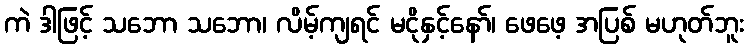
ကဲ ဒါဖြင့် သဘော သဘော၊ လိမ့်ကျရင် မငိုနှင့်နော်၊ ဖေဖေ့ အပြစ် မဟုတ်ဘူး